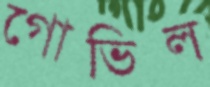
গোভিল